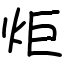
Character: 炬